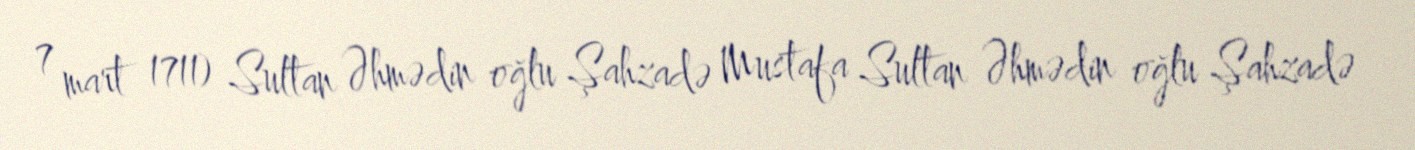
7 mart 1711) Sultan Əhmədin oğlu Şahzadə Mustafa Sultan Əhmədin oğlu Şahzadə